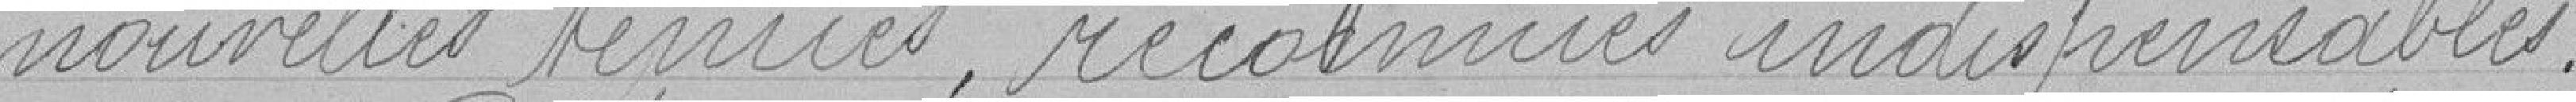
nouvelles tenues reconnues indispensables.